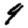
Digit: 9